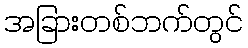
အခြားတစ်ဘက်တွင်